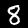
Digit: 8